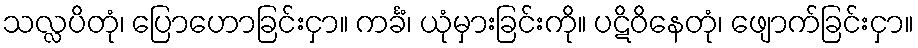
သလ္လပိတုံ၊ ပြောဟောခြင်းငှာ။ ကင်္ခံ၊ ယုံမှားခြင်းကို။ ပဋိဝိနေတုံ၊ ဖျောက်ခြင်းငှာ။